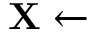
\mathbf { X } \leftarrow